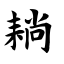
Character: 耥